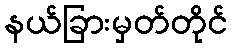
နယ်ခြားမှတ်တိုင်